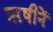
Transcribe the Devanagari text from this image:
ॠषीनें